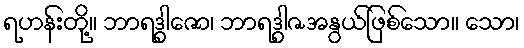
ရဟန်းတို့။ ဘာရဒွါဇော၊ ဘာရဒွါဇအနွယ်ဖြစ်သော။ သော၊